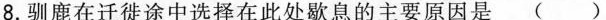
8.驯鹿在迁徙途中选择在此处歇息的主要原因是( )